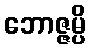
ဘောဇ္ဇမ္ပိ